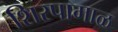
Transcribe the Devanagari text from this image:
शिरपामाळ